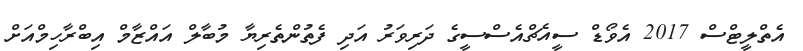
އެތްލީޓްސް 2017 އެވޯޑް ސީއެޗްއެސްސީގެ ދަރިވަރު އަދި ފެތުންތެރިޔާ މުބާލް އައްޒާމް އިބްރާހިމްއަށް